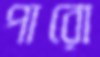
পারো